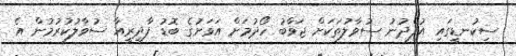
ސިކުނޑީގައި އުފެދުނު ސުވާލުތަކަށް ޖަވާބު ހޯދުމަށް އަވަށުގެ ބޮޑު ފާދިރީއާ ސުވާލުކުރުމުން އެ